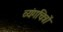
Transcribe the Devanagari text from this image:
व्यंगचित्रों